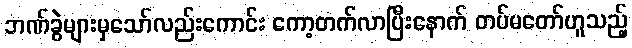
ဘဏ်ခွဲများမှသော်လည်းကောင်း ကော့တက်လာပြီးနောက် တပ်မတော်ဟူသည့်